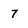
Character: 7